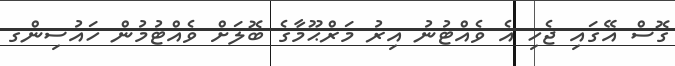
ގޮސް އޭގައި ޖެހި އެ ވެއްޓުނު އިރު މަރްޙޫމާގެ ބޮލަށް ވެއްޓުމުން ހައުސިންގ